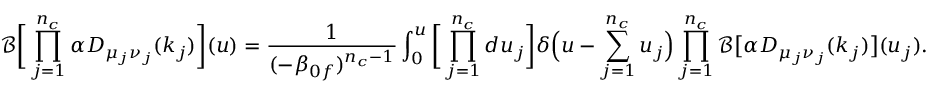
\mathcal { B } \bigg [ \prod _ { j = 1 } ^ { n _ { c } } \alpha D _ { \mu _ { j } \nu _ { j } } ( k _ { j } ) \bigg ] ( u ) = \frac { 1 } { ( - \beta _ { 0 f } ) ^ { n _ { c } - 1 } } \int _ { 0 } ^ { u } \bigg [ \prod _ { j = 1 } ^ { n _ { c } } d u _ { j } \bigg ] \delta \Big ( u - \sum _ { j = 1 } ^ { n _ { c } } u _ { j } \Big ) \prod _ { j = 1 } ^ { n _ { c } } \mathcal { B } \big [ \alpha D _ { \mu _ { j } \nu _ { j } } ( k _ { j } ) \big ] ( u _ { j } ) .